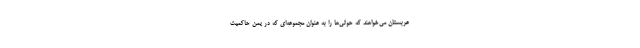
عربستان می‌خواهند که حوثی‌ها را به عنوان مجموعه‌ای که در یمن حاکمیت